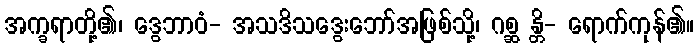
အက္ခရာတို့၏၊ ဒွေဘာဝံ- အသဒိသဒွေးဘော်အဖြစ်သို့၊ ဂစ္ဆ န္တိ- ရောက်ကုန်၏။